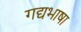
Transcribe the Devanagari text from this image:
गद्यभाषा